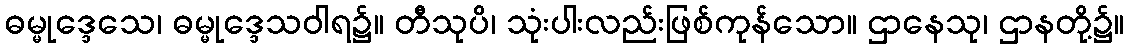
ဓမ္မုဒ္ဒေသေ၊ ဓမ္မုဒ္ဒေသဝါရ၌။ တီသုပိ၊ သုံးပါးလည်းဖြစ်ကုန်သော။ ဌာနေသု၊ ဌာနတို့၌။